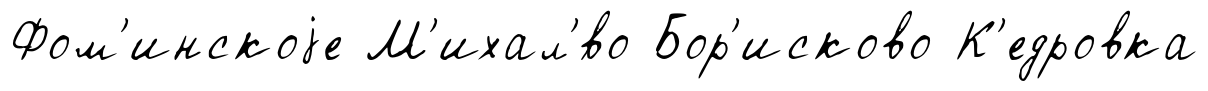
Фом'инскоjе М'ихал'́во Бор'исково К'едровка